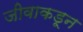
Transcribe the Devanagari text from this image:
जीवाकडून